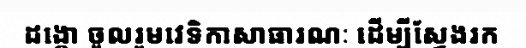
ដង្កោ ចូលរួមវេទិកាសាធារណៈ ដើម្បីស្វែងរក